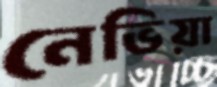
নেভিয়া